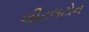
લીટલટોન